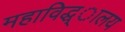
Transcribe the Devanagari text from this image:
महाविद्ध्ालय